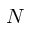
N